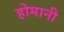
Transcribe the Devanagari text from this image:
होमानी